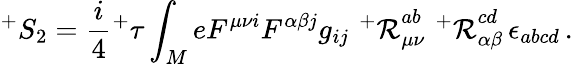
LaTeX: ^{+}S_{2}=\frac{i}{4}{^+\tau}\int_{M}eF^{\mu\nu i}F^{\alpha\beta j}g_{ij}\, \, {^+{\cal R}}_{\mu\nu}^{ab}\, \, {^+{\cal R}}_{\alpha\beta}^{cd}\, \epsilon_{abcd}\, .